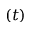
\left( t \right)